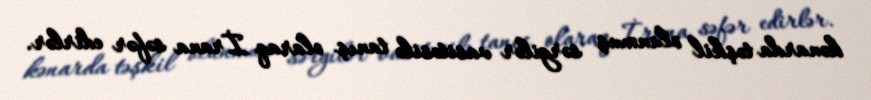
kənarda təşkil olunmuş sərgilər vasitəsilə tanış olaraq İrana səfər edirlər.